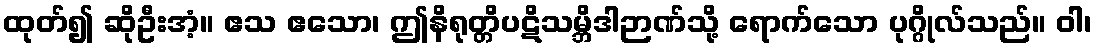
ထုတ်၍ ဆိုဦးအံ့။ ဧသ ဧသော၊ ဤနိရုတ္တိပဋိသမ္ဘိဒါဉာဏ်သို့ ရောက်သော ပုဂ္ဂိုလ်သည်။ ဝါ၊